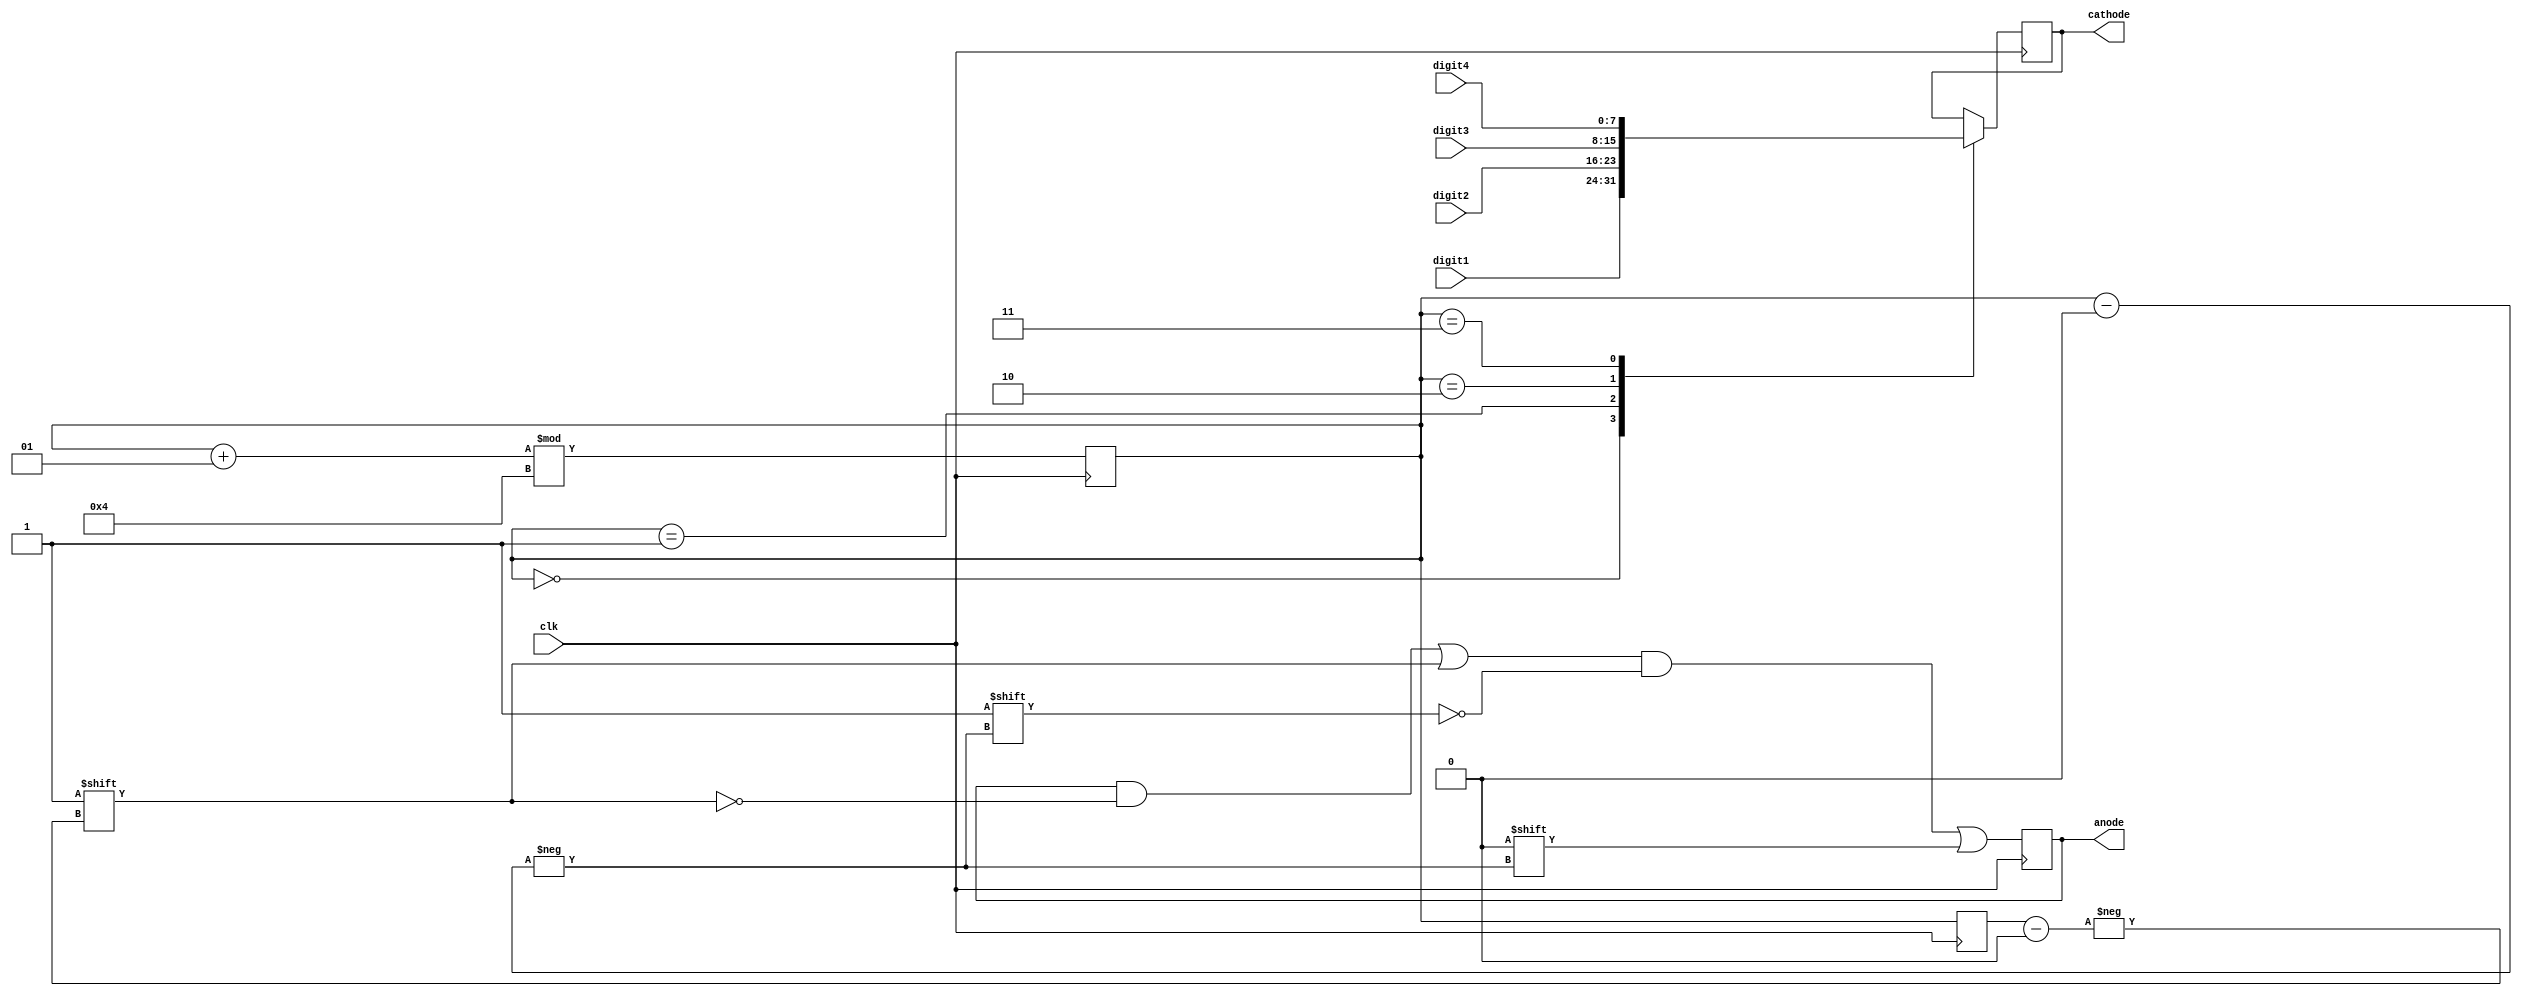
`timescale 1ns / 1ps

/* ssd_driver
 *
 * takes an array of four digits and four corresponding anodes and cycles
 * through the four digits in a round robin fashion, displaying one at a time by
 * bringing the anode signal up
 */
module ssd_driver(
    input wire clk,
    input wire [7:0] digit1, // in order from right to left
    input wire [7:0] digit2,
    input wire [7:0] digit3,
    input wire [7:0] digit4,
    output reg [7:0] cathode,
    output reg [3:0] anode
);

    integer i = 0;
    integer i_last = 3;
    integer j;

    initial begin
        for (j = 0; j < 4; j = j+1)
            anode[j] = 1;
    end

    always @(posedge clk) begin
        anode[i_last] <= 1;
        anode[i] <= 0;

        case (i)
            'd 0: cathode <= digit1;
            'd 1: cathode <= digit2;
            'd 2: cathode <= digit3;
            'd 3: cathode <= digit4;
        endcase

        i_last <= i;
        i = (i + 1) % 4;
    end

endmodule